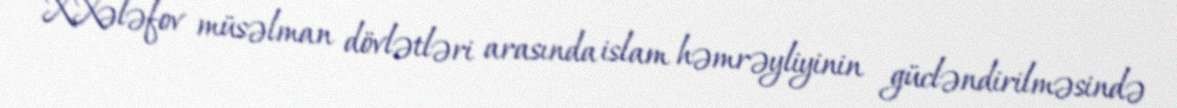
X.Xələfov müsəlman dövlətləri arasında islam həmrəyliyinin gücləndirilməsində